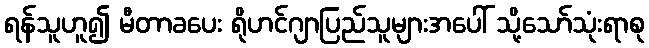
ရန်သူဟူ၍ မီတာခပေး ရိုဟင်ဂျာပြည်သူများအပေါ် သို့သော်သုံးရာစု